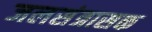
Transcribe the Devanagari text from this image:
जलसंत्रासक